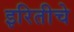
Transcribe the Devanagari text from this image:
इरितीचे